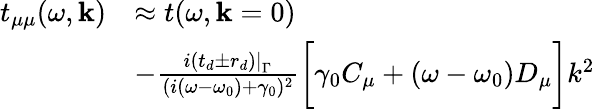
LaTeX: \begin{array}{rl}{t_{\mu\mu}(\omega,\mathbf{k})}&{\approx t(\omega,\mathbf{k}=0)}\\ &{-\frac{i\left.(t_{d}\pm r_{d})\right|_{\Gamma}}{(i(\omega-\omega_{0})+\gamma_{0})^{2}}\bigg[\gamma_{0}C_{\mu}+(\omega-\omega_{0})D_{\mu}\bigg]k^{2}}\end{array}